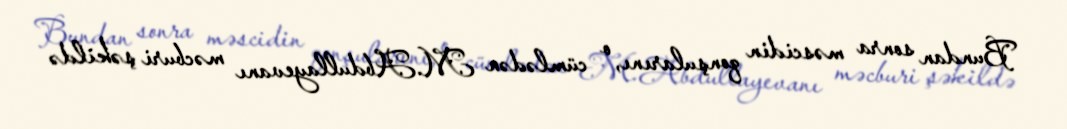
Bundan sonra məscidin qonşularını, o cümlədən M.Abdullayevanı məcburi şəkildə